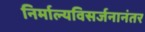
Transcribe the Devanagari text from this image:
निर्माल्यविसर्जनानंतर